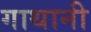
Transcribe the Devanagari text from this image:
गाथानी